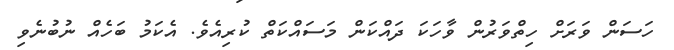
ހަސަން ވަރަށް ހިތްވަރުން ވާހަކަ ދައްކަން މަސައްކަތް ކުރިއެވެ. އެކަމު ބަހެއް ނުބުނެވި